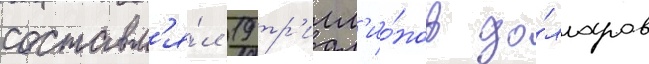
составл'я́л 19 тр'илл'ио́нов до́лларов